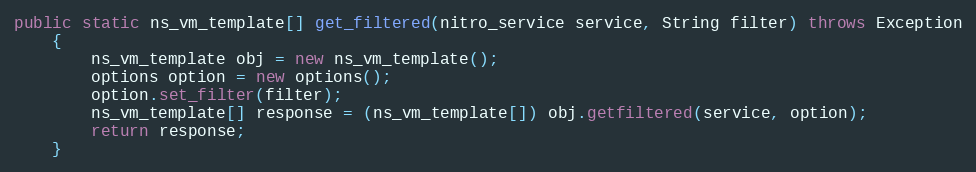
Language: Java
public static ns_vm_template[] get_filtered(nitro_service service, String filter) throws Exception
	{
		ns_vm_template obj = new ns_vm_template();
		options option = new options();
		option.set_filter(filter);
		ns_vm_template[] response = (ns_vm_template[]) obj.getfiltered(service, option);
		return response;
	}